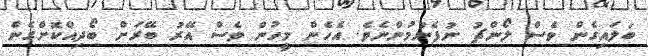
ބަލައިގެން ވެސް ލޯންޗު ނުފެނުމުންނެވެ. އެހެން މީހުން ވެސް އޭރު ބޭރަށް ބޯދިއްކޮށްގެން